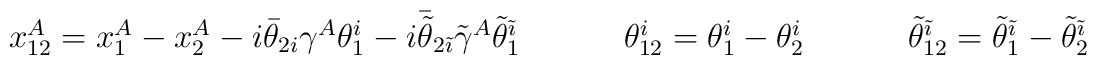
\begin{array}{ccc}x_{12}^{A}=x_{1}^{A}-x_{2}^{A}-i\bar{\theta}_{2i}\gamma^{A}\theta_{1}^{i}-i\bar{\tilde{\theta}}_{2\tilde{\imath}}\tilde{\gamma}^{A}\tilde{\theta}_{1}^{\tilde{\imath}}~~~~&~~~\theta_{12}^{i}=\theta^{i}_{1}-\theta_{2}^{i}~~~~&~~~\tilde{\theta}_{12}^{\tilde{\imath}}=\tilde{\theta}_{1}^{\tilde{\imath}}-\tilde{\theta}_{2}^{\tilde{\imath}}\end{array}